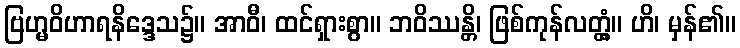
ဗြဟ္မဝိဟာရနိဒ္ဒေသ၌။ အာဝီ၊ ထင်ရှားစွာ။ ဘဝိဿန္တိ၊ ဖြစ်ကုန်လတ္တံ့။ ဟိ၊ မှန်၏။